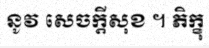
នូវ សេចក្តីសុខ ។ ភិក្ខុ